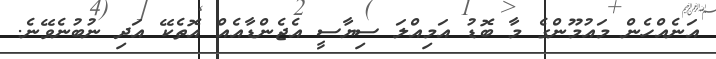
އަނެއްހެން މައުމޫންގެ މާ ބޮޑު އަމިއްލަ ސިޔާސީ އެޖެންޑާއެއް އޮތެކޭ އަދި ނުބުނެވޭނެ.